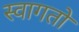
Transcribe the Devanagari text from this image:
स्वागतों